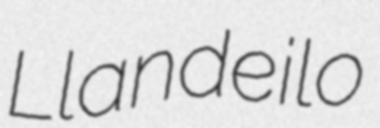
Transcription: Llandeilo